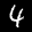
Label: 4